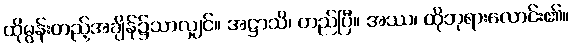
ထိုမွန်းတည့်အချိန်၌သာလျှင်။ အဋ္ဌာသိ၊ တည်ပြီ။ အဿ၊ ထိုဘုရားလောင်း၏။